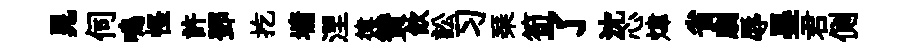
晁伺鳴怪許鄧扢墉涅律賛飮訟习琹筍了沈心煒省劇辱墨君側